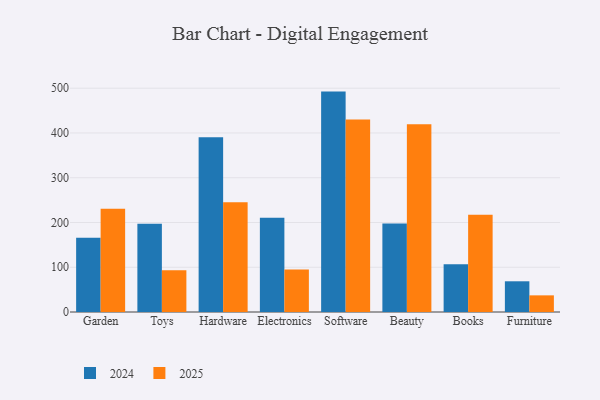
{"axis": {"x": "Category", "y": "Satisfaction Score"}, "legend": ["2024", "2025"], "data": [{"x": "Garden", "y": 230.5, "type": "2025"}, {"x": "Garden", "y": 166.0, "type": "2024"}, {"x": "Toys", "y": 93.1, "type": "2025"}, {"x": "Toys", "y": 196.9, "type": "2024"}, {"x": "Hardware", "y": 245.3, "type": "2025"}, {"x": "Hardware", "y": 390.6, "type": "2024"}, {"x": "Electronics", "y": 95.0, "type": "2025"}, {"x": "Electronics", "y": 210.4, "type": "2024"}, {"x": "Software", "y": 430.0, "type": "2025"}, {"x": "Software", "y": 492.4, "type": "2024"}, {"x": "Beauty", "y": 419.6, "type": "2025"}, {"x": "Beauty", "y": 197.8, "type": "2024"}, {"x": "Books", "y": 217.0, "type": "2025"}, {"x": "Books", "y": 106.6, "type": "2024"}, {"x": "Furniture", "y": 37.2, "type": "2025"}, {"x": "Furniture", "y": 68.6, "type": "2024"}]}